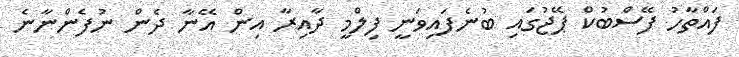
ފައްތާހު ފޭސްބުކް ޕޭޖުގައި ބުނެފައިވަނީ ފިލްމީ ދާއިރާ އިން އޭނާ ދެން ނުފެންނާނެ